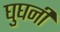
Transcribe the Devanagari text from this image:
घुघनी